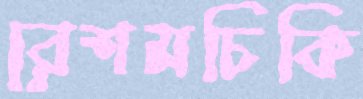
রেশমচিকি